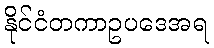
နိုင်ငံတကာဥပဒေအရ